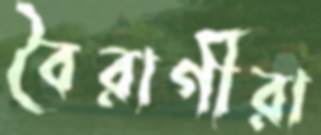
বৈরাগীরা